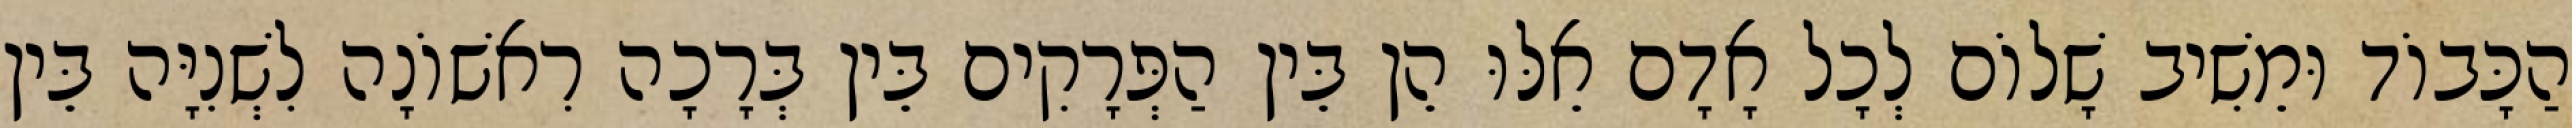
הַכָּבוֹד וּמֵשִׁיב שָׁלוֹם לְכָל אָדָם אֵלּוּ הֵן בֵּין הַפְּרָקִים בֵּין בְּרָכָה רִאשׁוֹנָה לִשְׁנִיָּה בֵּין